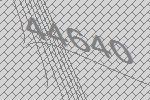
44640